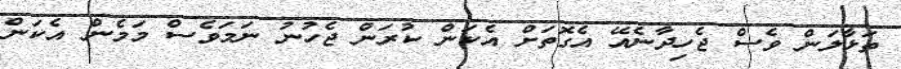
ތަޅާލަން ވެސް ޖެހިދާނެއޭ އެގޮތަށް އެކަން ކުރަން ޖެހުނު ނަމަވެސް މަމެން އެކަން